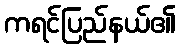
ကရင်ပြည်နယ်၏